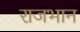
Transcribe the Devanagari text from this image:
राजभान